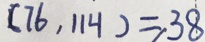
( 7 6 , 1 1 4 ) = 3 8